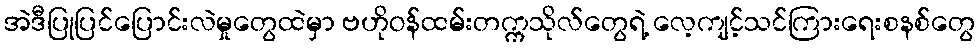
အဲဒီပြုပြင်ပြောင်းလဲမှုတွေထဲမှာ ဗဟိုဝန်ထမ်းတက္ကသိုလ်တွေရဲ့ လေ့ကျင့်သင်ကြားရေးစနစ်တွေ